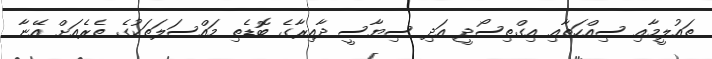
ތައުލީމާއި ސިއްހަތާއި އިގްތިސޯދީ އަދި ސިޔާސީ ދާއިރާގެ ބޮޑެތި މައްސަލަތަކުގެ ތެރެއަށް އޭނާ